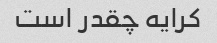
کرایه چقدر است